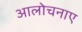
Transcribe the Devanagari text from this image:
आलोचनाए